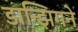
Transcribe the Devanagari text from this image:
डान्झिगने